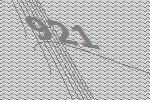
921